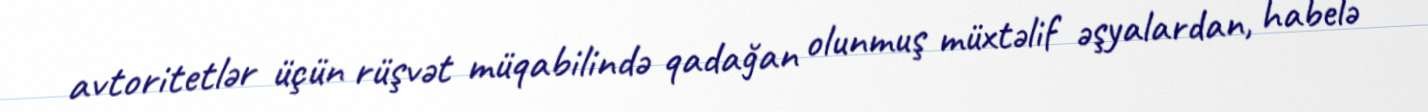
avtoritetlər üçün rüşvət müqabilində qadağan olunmuş müxtəlif əşyalardan, habelə